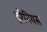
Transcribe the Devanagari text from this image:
ट्रैनियस